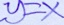
y = x